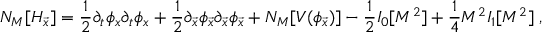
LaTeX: { \cal N } _ { M } [ { \cal H } _ { \vec { x } } ] = { \frac { 1 } { 2 } } \partial _ { t } \phi _ { x } \partial _ { t } \phi _ { x } + { \frac { 1 } { 2 } } \partial _ { \vec { x } } \phi _ { \vec { x } } \partial _ { \vec { x } } \phi _ { \vec { x } } + { \cal N } _ { M } [ V ( \phi _ { \vec { x } } ) ] - { \frac { 1 } { 2 } } I _ { 0 } [ M ^ { 2 } ] + { \frac { 1 } { 4 } } M ^ { 2 } I _ { 1 } [ M ^ { 2 } ] \; ,